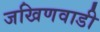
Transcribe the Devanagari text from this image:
जखिणवाडी